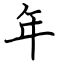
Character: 年